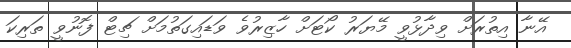
އޭނާ އިތުރަށް ވިދާޅުވީ މޭޔަރު ކޯޓަށް ހާޒިރުވެ ވަޑައިގަތުމަށް ޗިޓް ފޮނުވީ ތަރިކަ